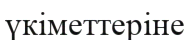
үкіметтеріне